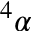
^ 4 \alpha